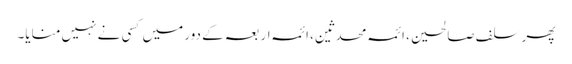
پھر سلف صالحین، ائمہ محدثین، ائمہ اربعہ کے دور میں کسی نے نہیں منایا۔